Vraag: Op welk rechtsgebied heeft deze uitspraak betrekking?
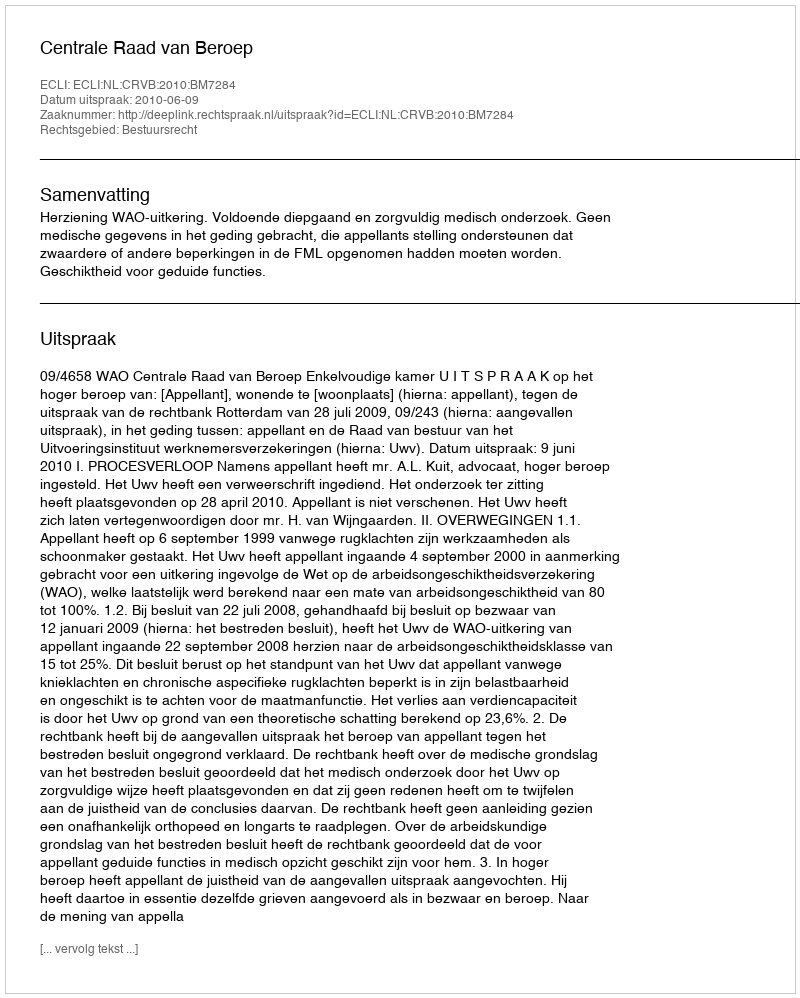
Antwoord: Bestuursrecht